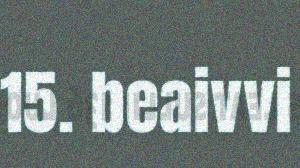
15. beaivvi